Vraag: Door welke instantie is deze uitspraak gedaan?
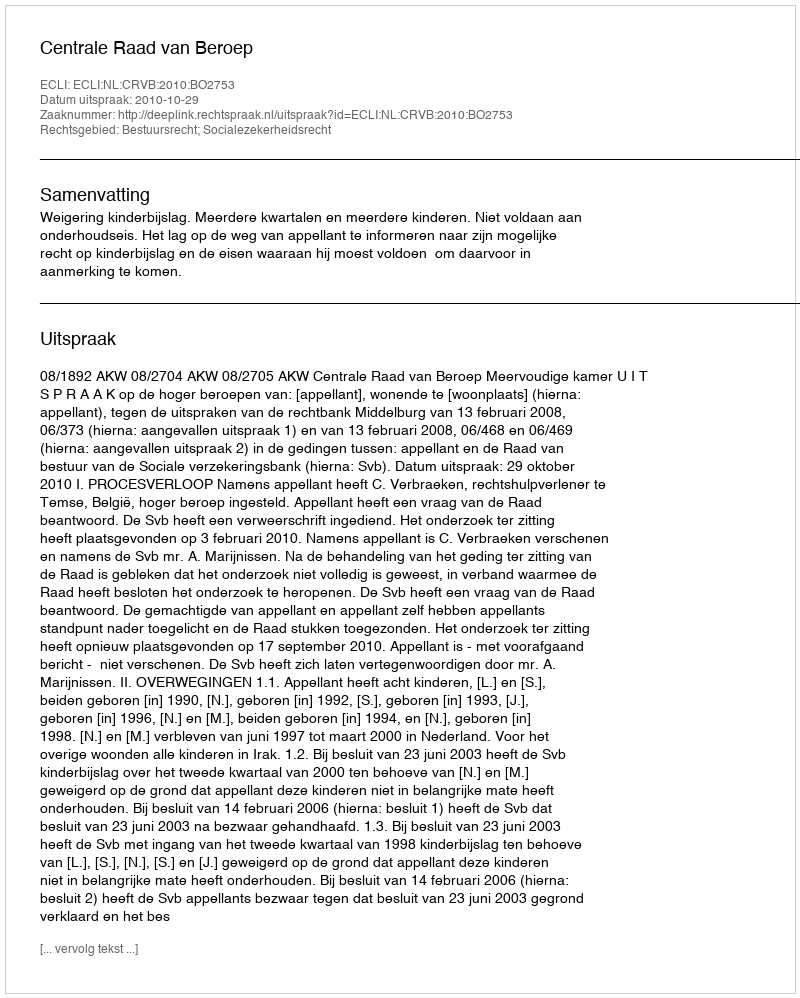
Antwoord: Centrale Raad van Beroep